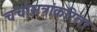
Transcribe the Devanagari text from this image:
चर्चासत्रांकरिता